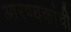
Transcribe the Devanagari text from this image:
आरण्यकांची